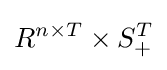
R^{n\times T}\times S_{+}^{T}